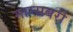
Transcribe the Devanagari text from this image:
माम्सबरी